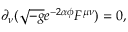
\partial _ { \nu } ( \sqrt { - g } e ^ { - 2 \alpha \phi } F ^ { \mu \nu } ) = 0 ,